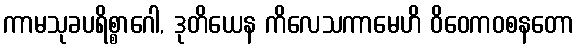
ကာမသုခပရိစ္စာဂေါ, ဒုတိယေန ကိလေသကာမေဟိ ဝိဝေကဝစနတော